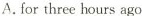
A. for three hours ago